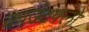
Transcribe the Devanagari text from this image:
काउंटफ़्लो